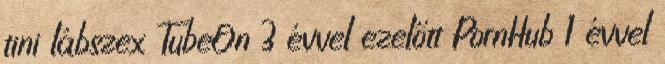
tini lábszex TubeOn 3 évvel ezelőtt PornHub 1 évvel